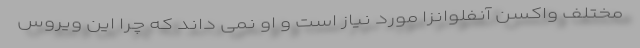
مختلف واکسن آنفلوانزا مورد نیاز است و او نمی داند که چرا این ویروس